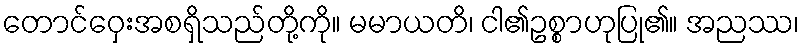
တောင်ဝှေးအစရှိသည်တို့ကို။ မမာယတိ၊ ငါ၏ဥစ္စာဟုပြု၏။ အညဿ၊